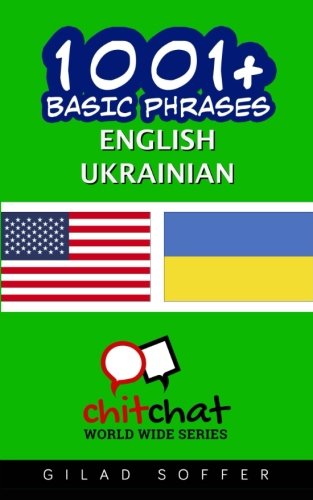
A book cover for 1001+ Basic Phrases English - Ukrainian; Gilad Soffer; Travel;